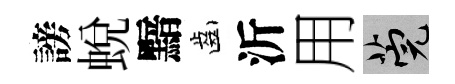
謗蛻黯齒沂用筦